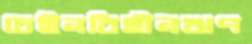
চেইনবিহীনঋণ